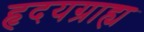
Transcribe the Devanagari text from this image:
हृदयग्राह्य